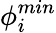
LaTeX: \phi_{i}^{min}